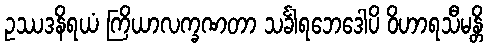
ဥဿဒနိရယံ ကြိယာလက္ခဏတာ သင်္ခါရဘေဒေါပိ ဝိဟာရသီမန္တိ